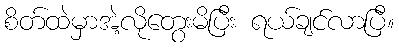
စိတ်ထဲမှာအဲ့လိုတွေးမိပြီး ရယ်ချင်လာပြီ။